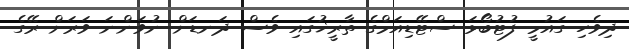
ދިވެހި ގައުމީ ފުޓުބޯޅަ ސްޓޭޑިއަމްގެ ތާރީޚުގައި ވެސް ދަނޑަށް ނުވަންނަ ވަރަށް ރޭގެ